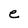
Character: e